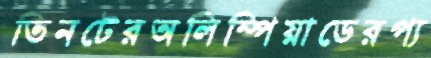
তিনটেরঅলিম্পিয়াডেরপ্য